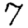
Digit: 7